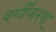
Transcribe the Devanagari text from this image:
वर्गीकरण्